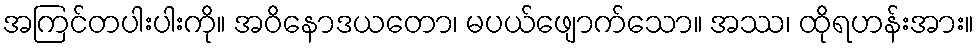
အကြင်တပါးပါးကို။ အဝိနောဒယတော၊ မပယ်ဖျောက်သော။ အဿ၊ ထိုရဟန်းအား။